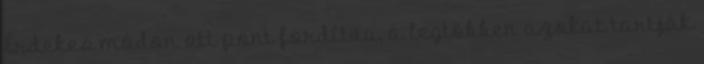
Érdekes módon ott pont fordítva, a legtöbben azokat tartják